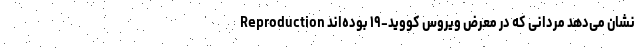
Reproduction نشان می‌دهد مردانی که در معرض ویروس کووید-۱۹ بوده‌اند